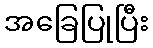
အခြေပြုပြီး